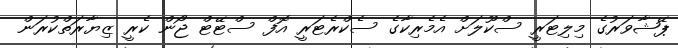
ޕޭޝާވަރުގެ މިލިޓަރީ ސްކޫލަށް އެމެރިކާގެ ސެކްރެޓަރީ އޮފް ސްޓޭޓް ޖޯން ކެރީ ޒިޔާރަތްކުރަން